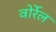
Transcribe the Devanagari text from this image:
वोर्रेल